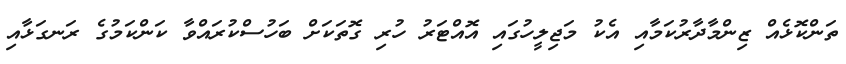
ތަންކޮޅެއް ޒިންމާދާރުކަމާއި އެކު މަޖިލީހުގައި އޮއްޓަރު ހުރި ގޮތަކަށް ބަހުސްކުރައްވާ ކަންކަމުގެ ރަނގަޅާއި